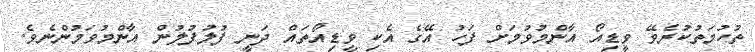
ތުހުމަތުކުރެވޭ ވީޑިއޯ އާންމުވުމަށް ފަހު އޭގެ އެކި ވީޑިއޯތައް ދަނީ ފުލުފުލުން އާންމުވަމުންނެވެ.